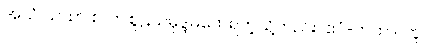
အယံ ယထာ စ၊ ဤစူဠသမုဒ္ဒမထေရ်ကဲ့သို့တည်း။ ဧဝံ-တထာ၊ တူ။